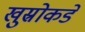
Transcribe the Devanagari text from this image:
खुस्रोकडे